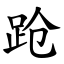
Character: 跄